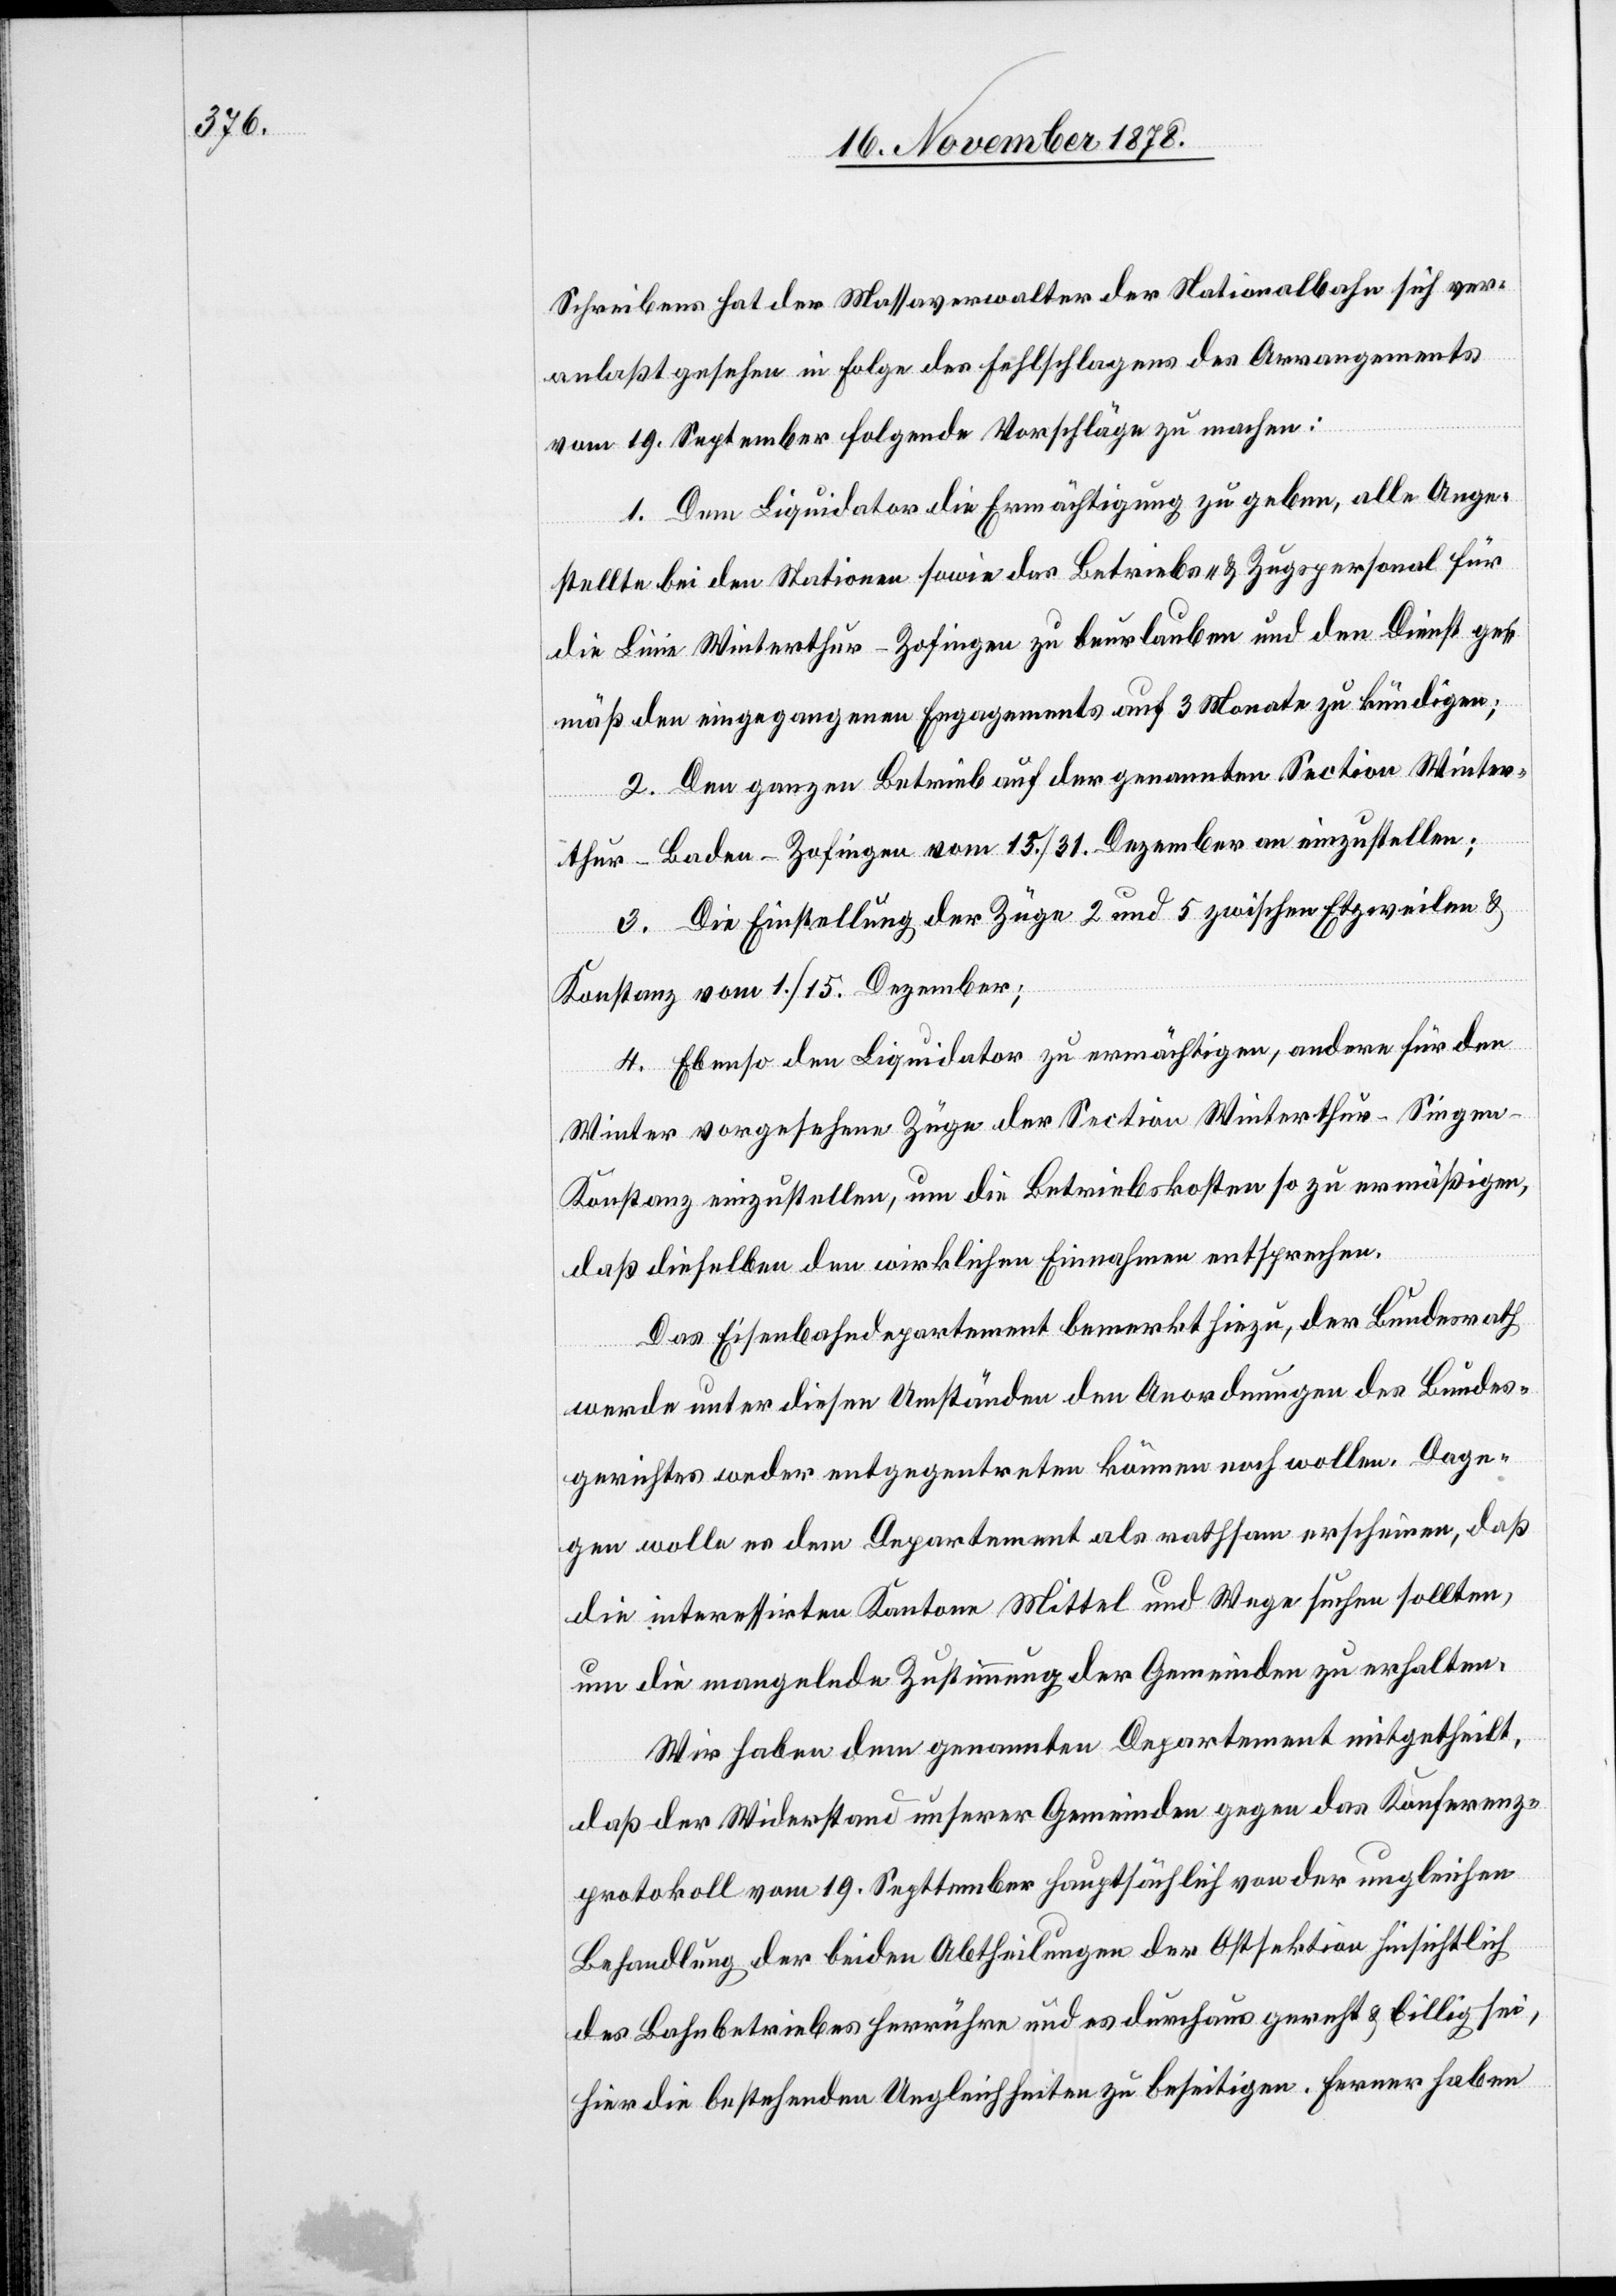
Schreibens hat der Massaverwalter der Nationalbahn sich ver¬
anlaßt gesehen in Folge des Fehlschlagens des Arrangements
vom 19. September folgende Vorschläge zu machen:
1. Dem Liquidator die Ermächtigung zu geben, alle Ange¬
stellte bei den Stationen sowie das Betriebs- & Zugspersonal für
die Linie Winterthur–Zofingen zu beurlauben und den Dienst ge¬
mäß den eingegangenen Engagements auf 3 Monate zu kündigen;
2. Den ganzen Betrieb auf der genannten Section Winter¬
thur–Baden–Zofingen vom 13./31. Dezember an einzustellen;
3. Die Einstellung der Züge 2 und 5 zwischen Etzweilen &
Konstanz vom 1./15. Dezember;
4. Ebenso den Liquidator zu ermächtigen, andere für den
Winter vorgesehene Züge der Section Winterthur–Singe¬
n–Konstanz einzustellen, um die Betriebskosten so zu ermäßigen,
daß dieselben den wirklichen Einnahmen entsprechen.
Das Eisenbahndepartement bemerkt hiezu, der Bundesrath
werde unter diesen Umständen den Anordnungen des Bundes¬
gerichtes weder entgegentreten können noch wollen. Dage¬
gen wolle es dem Departement als rathsam erscheinen, daß
die interessirten Kantone Mittel und Wege suchen sollten,
um die mangelnde Zustimmung der Gemeinden zu erhalten.
Wir haben dem genannten Departement mitgetheilt,
daß der Widerstand unserer Gemeinde gegen das Konferenz¬
protokoll vom 19. September hauptsächlich von der ungleichen
Behandlung der beiden Abtheilungen der Ostsektion hinsichtlich
des Bahnbetriebes herrühre und es durchaus gerecht & billig sei,
hier die bestehenden Ungleichheiten zu beseitigen. Ferner haben